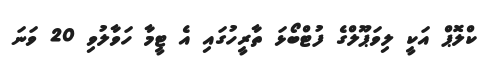
ކްލޮޕް އަކީ ލިވަޕޫލްގެ ފުޓްބޯޅަ ތާރީހުގައި އެ ޓީމާ ހަވާލުވި 20 ވަނަ